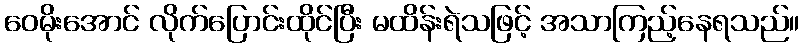
ဝေမိုးအောင် လိုက်ပြောင်းထိုင်ပြီး မထိန်းရဲသဖြင့် အသာကြည့်နေရသည်။